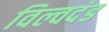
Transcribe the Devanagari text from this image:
विल्वदंड